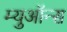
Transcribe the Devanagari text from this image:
म्युऑन्स